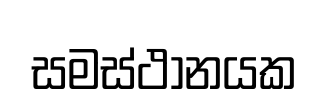
සමස්ථානයක